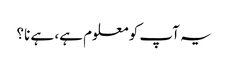
یہ آپ کو معلوم ہے، ہے نا؟